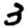
Digit: 3